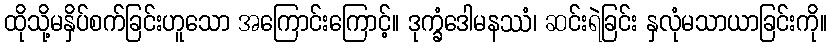
ထိုသို့မနှိပ်စက်ခြင်းဟူသော အကြောင်းကြောင့်။ ဒုက္ခံဒေါမနဿံ၊ ဆင်းရဲခြင်း နှလုံမသာယာခြင်းကို။